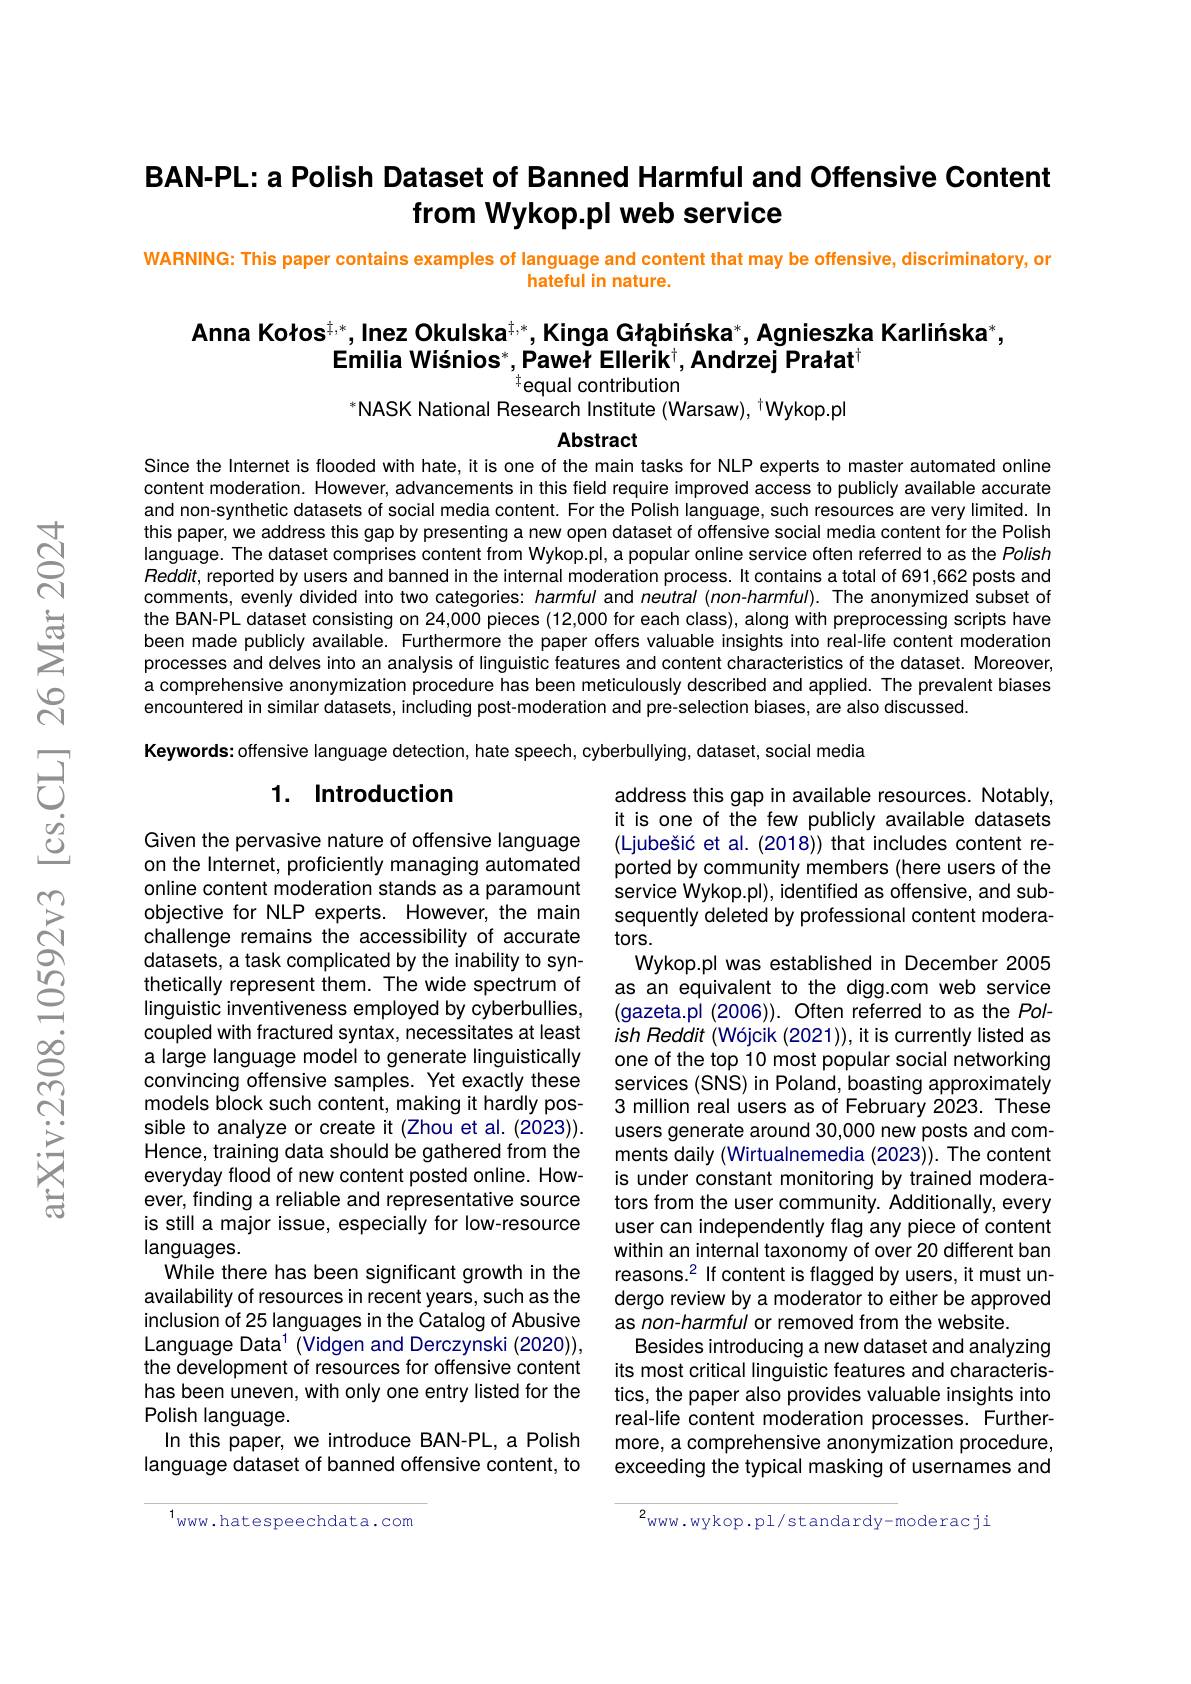
## BAN-PL:a Polish Dataset of Banned Harmful and Offensive Content from Wykop.pl web service

WARNING: This paper contains examples of language and content that may be offensive, discriminatory, or
hateful in nature.

# Anna Kołos$^{\ddagger,*}$,Inez Okulska$^{\ddagger,*}$,Kinga Głąbiníska$^*$,Agnieszka Karlińska$^*$, Emilia Wisnios$^*$,Paweł Ellerik$^\dagger$,Andrzej Prałat$^\dagger$ $^{\dagger}$equal contribution

$^* \mathsf{NASK}\text{ National Research Institute ( Warsaw) , }^\dagger \mathsf{Wykop. pl}$

Abstract

Since the Internet is flooded with hate, it is one of the main tasks for NLP experts to master automated online content moderation. However, advancements in this field require improved access to publicly available accurate and non-synthetic datasets of social media content. For the Polish language, such resources are very limited. In this paper, we address this gap by presenting a new open dataset of offensive social media content for the Polish language. The dataset comprises content from Wykop.pl, a popular online service often referred to as the Polish $Reddit$,reported by users and banned in the internal moderation process. It contains a total of 691,662 posts and comments, evenly divided into two categories: harmful and neutral (non-harmful). The anonymized subset of the BAN-PL dataset consisting on 24,000 pieces (12,000 for each class), along with preprocessing scripts have been made publicly available. Furthermore the paper offers valuable insights into real-life content moderation processes and delves into an analysis of linguistic features and content characteristics of the dataset. Moreover, a comprehensive anonymization procedure has been meticulously described and applied. The prevalent biases encountered in similar datasets, including post-moderation and pre-selection biases, are also discussed.
Keywords: offensive language detection, hate speech, cyberbullying, dataset, social media

## 1. Introduction

address this gap in available resources. Notably, it is one of the few publicly available datasets (Ljubešić et al. (2018)) that includes content reported by community members (here users of the service Wykop.pl), identified as offensive, and subsequently deleted by professional content moderators.
Wykop.pl was established in December 2005 as an equivalent to the digg.com web service (gazeta.pi (2006)). Often referred to as the Polish Reddit (Wójcik (2021)), it is currently listed as one of the top 10 most popular social networking services (SNS) in Poland, boasting approximately 3 million real users as of February 2023. These users generate around 30,000 new posts and comments daily (Wirtualnemedia (2023)). The content is under constant monitoring by trained moderators from the user community. Additionally, every user can independently flag any piece of content within an internal taxonomy of over 20 different ban reasons.$^2$ If content is flagged by users, it must undergo review by a moderator to either be approved as non-harmful or removed from the website.
Besides introducing a new dataset and analyzing its most critical linguistic features and characteristics, the paper also provides valuable insights into real-life content moderation processes. Furthermore, a comprehensive anonymization procedure, exceeding the typical masking of usernames and

Given the pervasive nature of offensive language on the Internet, proficiently managing automated online content moderation stands as a paramount objective for NLP experts. However, the main challenge remains the accessibility of accurate datasets, a task complicated by the inability to synthetically represent them. The wide spectrum of linguistic inventiveness employed by cyberbullies, coupled with fractured syntax, necessitates at least a large language model to generate linguistically convincing offensive samples. Yet exactly these models block such content, making it hardly possible to analyze or create it (Zhou et al. (2023)). Hence, training data should be gathered from the everyday flood of new content posted online. However, finding a reliable and representative source is still a major issue, especially for low-resource languages.
While there has been significant growth in the availability of resources in recent years, such as the inclusion of 25 languages in the Catalog of Abusive Language Data$^1$ (Vidgen and Derczynski (2020)), the development of resources for offensive content has been uneven, with only one entry listed for the Polish language.
In this paper, we introduce BAN-PL, a Polish language dataset of banned offensive content, to

$^{1}$www.hatespeechdata.com

$2_{\mathrm{www.wykop.pl/standardy-moderacji}}$